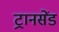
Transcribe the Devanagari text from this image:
ट्रानसेंड